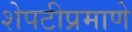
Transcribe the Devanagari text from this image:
शेपटीप्रमाणे